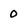
Character: 0